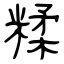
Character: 糅